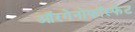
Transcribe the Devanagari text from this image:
ऑरगेनोफॉस्फेट